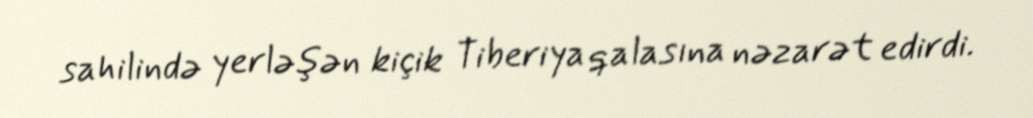
sahilində yerləşən kiçik Tiberiya qalasına nəzarət edirdi.